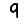
Digit: 9